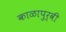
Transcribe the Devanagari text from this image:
काळापुर्वी